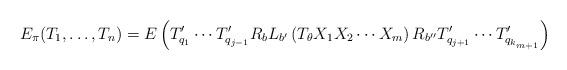
LaTeX: \begin{align*}E_\pi(T_1, \ldots, T_n) = E\left( T'_{q_1} \cdots T'_{q_{j-1}} R_{b}L_{b'}\left(T_{\theta} X_1 X_2 \cdots X_m\right) R_{b''} T'_{q_{j+1}} \cdots T'_{q_{k_{m+1}}} \right)\end{align*}